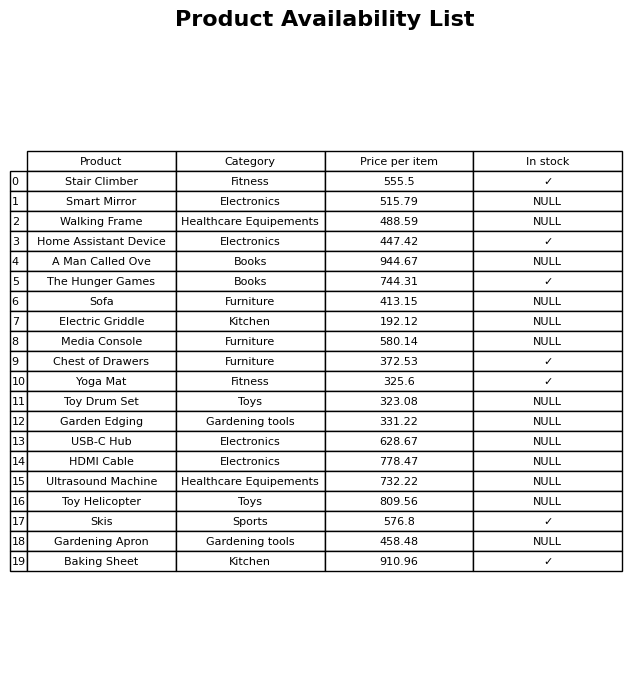
question: What is the price for Baking Sheet?
answer: The price of Baking Sheet is 910.96.